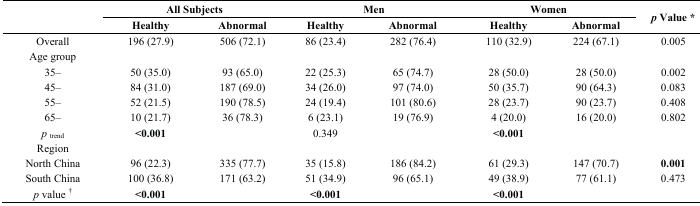
<table><thead><tr><td rowspan="2"></td><td colspan="2"><b>All Subjects</b></td><td colspan="2"><b>Men</b></td><td colspan="2"><b>Women</b></td><td rowspan="2"><b><i>p</i> Value *</b></td></tr><tr><td><b>Healthy</b></td><td><b>Abnormal</b></td><td><b>Healthy</b></td><td><b>Abnormal</b></td><td><b>Healthy</b></td><td><b>Abnormal</b></td></tr></thead><tbody><tr><td>Overall</td><td>196 (27.9)</td><td>506 (72.1)</td><td>86 (23.4)</td><td>282 (76.4)</td><td>110 (32.9)</td><td>224 (67.1)</td><td>0.005</td></tr><tr><td>Age group</td><td></td><td></td><td></td><td></td><td></td><td></td><td></td></tr><tr><td>35–</td><td>50 (35.0)</td><td>93 (65.0)</td><td>22 (25.3)</td><td>65 (74.7)</td><td>28 (50.0)</td><td>28 (50.0)</td><td>0.002</td></tr><tr><td>45–</td><td>84 (31.0)</td><td>187 (69.0)</td><td>34 (26.0)</td><td>97 (74.0)</td><td>50 (35.7)</td><td>90 (64.3)</td><td>0.083</td></tr><tr><td>55–</td><td>52 (21.5)</td><td>190 (78.5)</td><td>24 (19.4)</td><td>101 (80.6)</td><td>28 (23.7)</td><td>90 (23.7)</td><td>0.408</td></tr><tr><td>65–</td><td>10 (21.7)</td><td>36 (78.3)</td><td>6 (23.1)</td><td>19 (76.9)</td><td>4 (20.0)</td><td>16 (20.0)</td><td>0.802</td></tr><tr><td><i>p</i><sub>trend</sub></td><td><b>&lt;0.001</b></td><td></td><td>0.349</td><td></td><td><b>&lt;0.001</b></td><td></td><td></td></tr><tr><td>Region</td><td></td><td></td><td></td><td></td><td></td><td></td><td></td></tr><tr><td>North China</td><td>96 (22.3)</td><td>335 (77.7)</td><td>35 (15.8)</td><td>186 (84.2)</td><td>61 (29.3)</td><td>147 (70.7)</td><td><b>0.001</b></td></tr><tr><td>South China</td><td>100 (36.8)</td><td>171 (63.2)</td><td>51 (34.9)</td><td>96 (65.1)</td><td>49 (38.9)</td><td>77 (61.1)</td><td>0.473</td></tr><tr><td><i>p</i> value <sup>†</sup></td><td><b>&lt;0.001</b></td><td></td><td><b>&lt;0.001</b></td><td></td><td><b>&lt;0.001</b></td><td></td><td></td></tr></tbody></table>